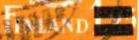
FINLAND =